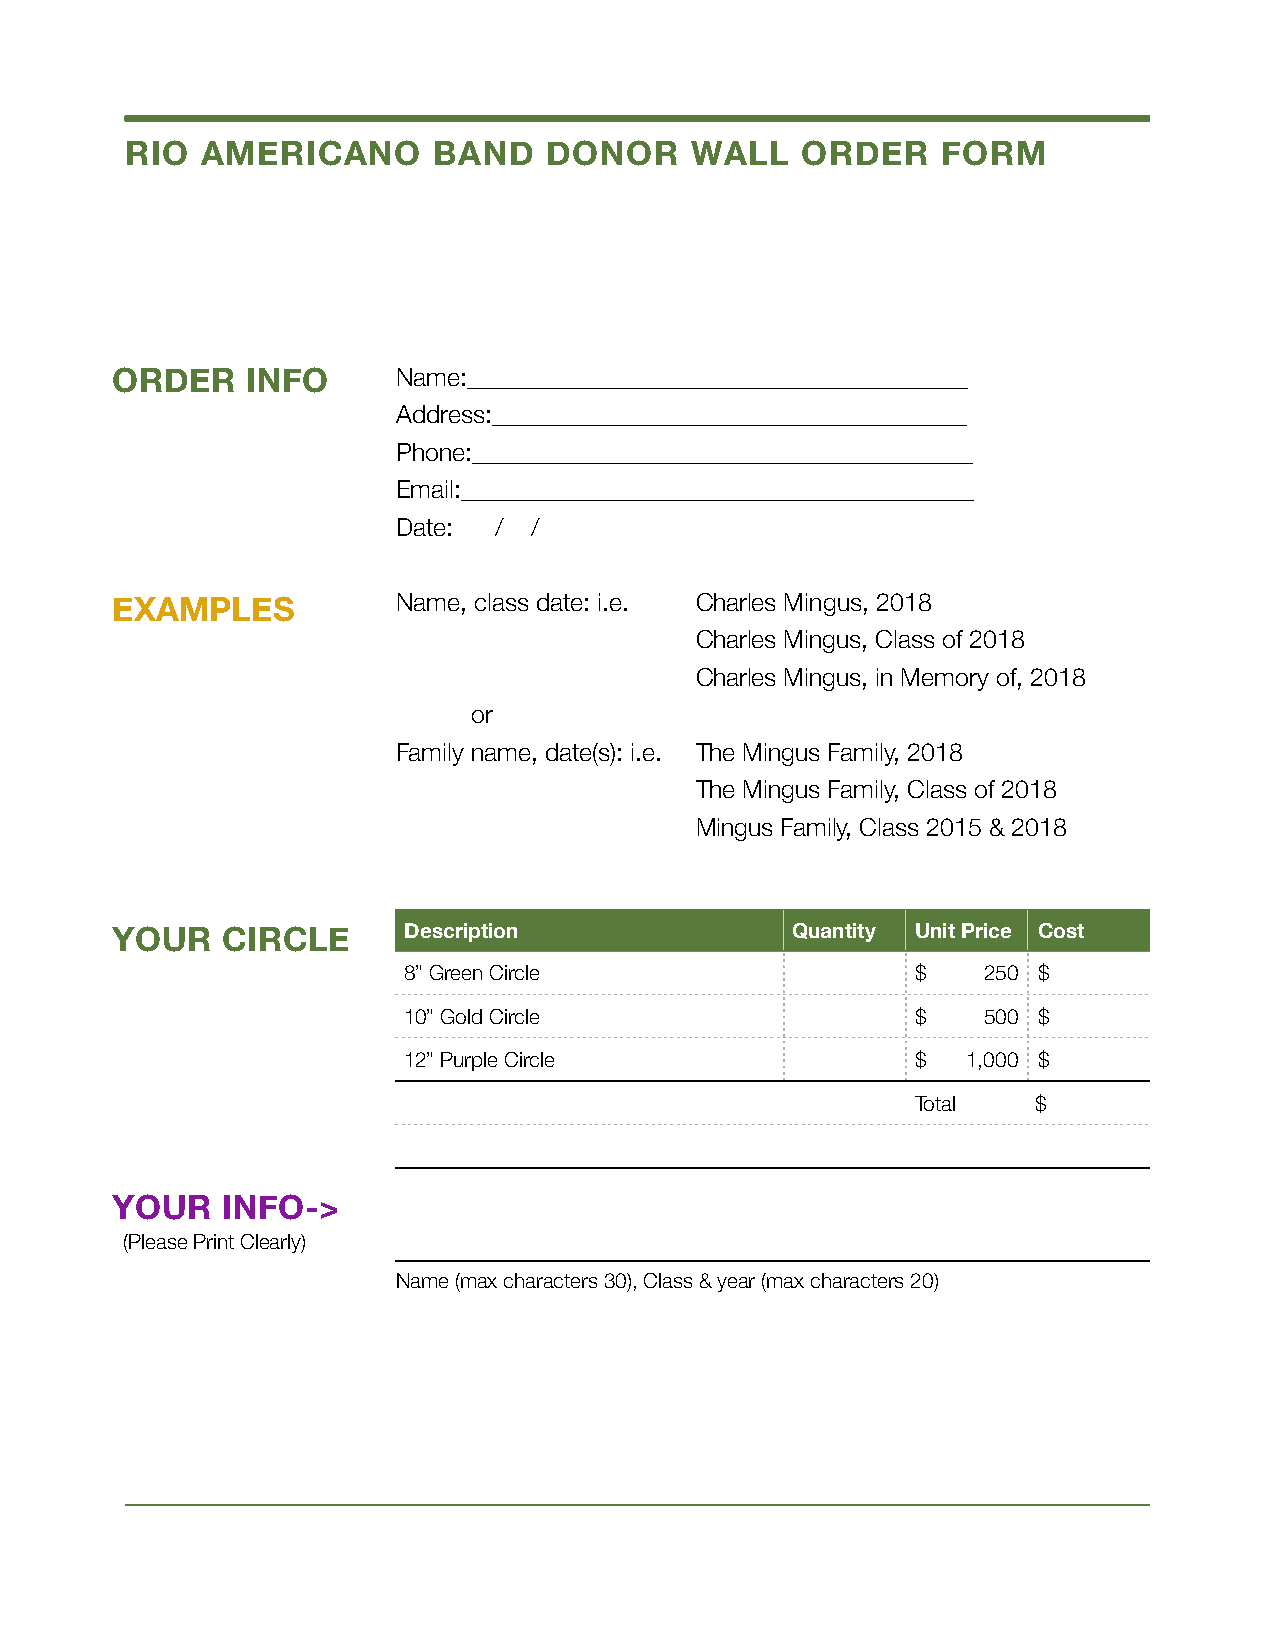
RIO  AMERICANO       BAND   DONOR     WALL   ORDER    FORM
 ORDER    INFO      Name:________________________________________
 Address:______________________________________
 Phone:________________________________________
 Email:_________________________________________
 Date:  / /
 EXAMPLES           Name, class date: i.e. Charles Mingus, 2018
 Charles Mingus, Class of 2018
 Charles Mingus, in Memory of, 2018
 or
 Family name, date(s): i.e. The Mingus Family, 2018
 The Mingus Family, Class of 2018
 Mingus Family, Class 2015 & 2018
 YOUR    CIRCLE      Description              Quantity Unit Price Cost
 8” Green Circle                   $   250 $
 10” Gold Circle                   $   500 $
 12” Purple Circle                 $  1,000 $
 Total   $
 YOUR    INFO->
 (Please Print Clearly)
 Name (max characters 30), Class & year (max characters 20)